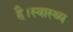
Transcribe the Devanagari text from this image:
है।स्वास्थ्य